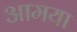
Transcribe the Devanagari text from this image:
आमया